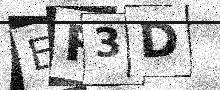
Text: ER3D